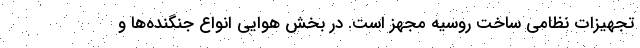
تجهیزات نظامی ساخت روسیه مجهز است. در بخش هوایی انواع جنگنده‌ها و